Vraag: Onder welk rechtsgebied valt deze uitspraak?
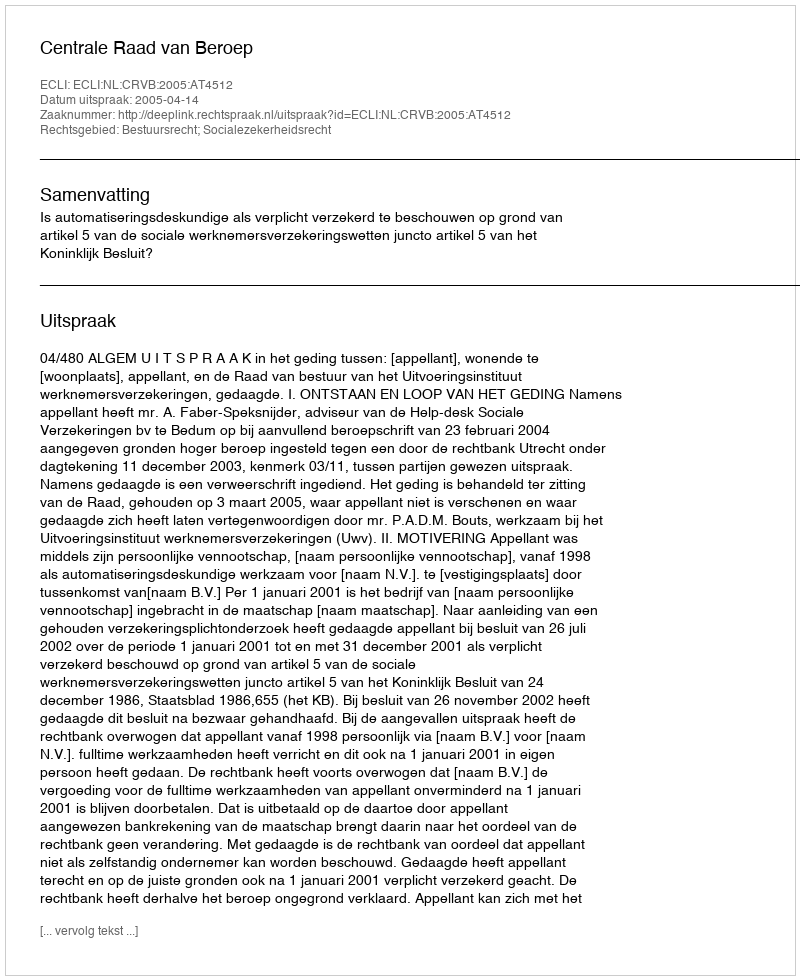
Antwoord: Bestuursrecht; Socialezekerheidsrecht